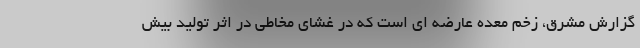
گزارش مشرق، زخم معده عارضه ای است که در غشای مخاطی در اثر تولید بیش